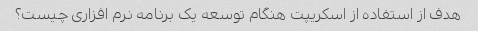
هدف از استفاده از اسکریپت هنگام توسعه یک برنامه نرم افزاری چیست؟